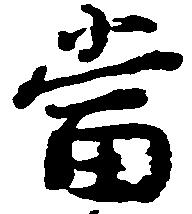
当